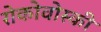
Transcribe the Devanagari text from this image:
रोकोवोस्की